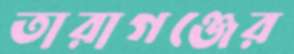
তারাগঞ্জের